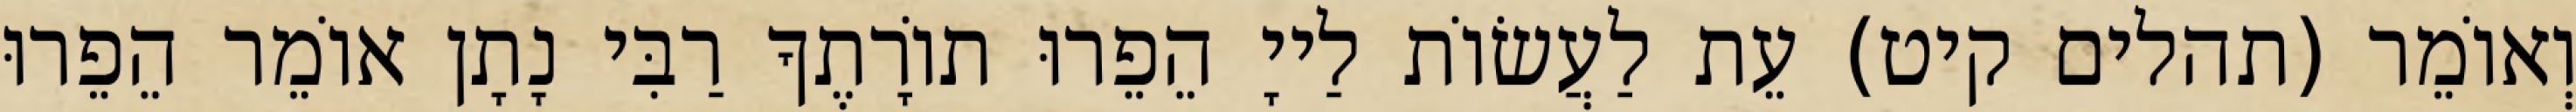
וְאוֹמֵר (תהלים קיט) עֵת לַעֲשׂוֹת לַייָ הֵפֵרוּ תוֹרָתֶךָ רַבִּי נָתָן אוֹמֵר הֵפֵרוּ